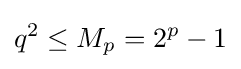
q^{2}\leq M_{p}=2^{p}-1